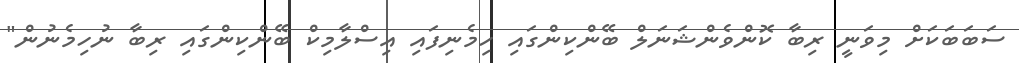
ސަބަބަކަށް މިވަނީ ރިބާ ކޮންވެންޝަނަލް ބޭންކިންގައި ހިމެނިފައި އިސްލާމިކް ބޭންކިންގައި ރިބާ ނުހިމެނުން"